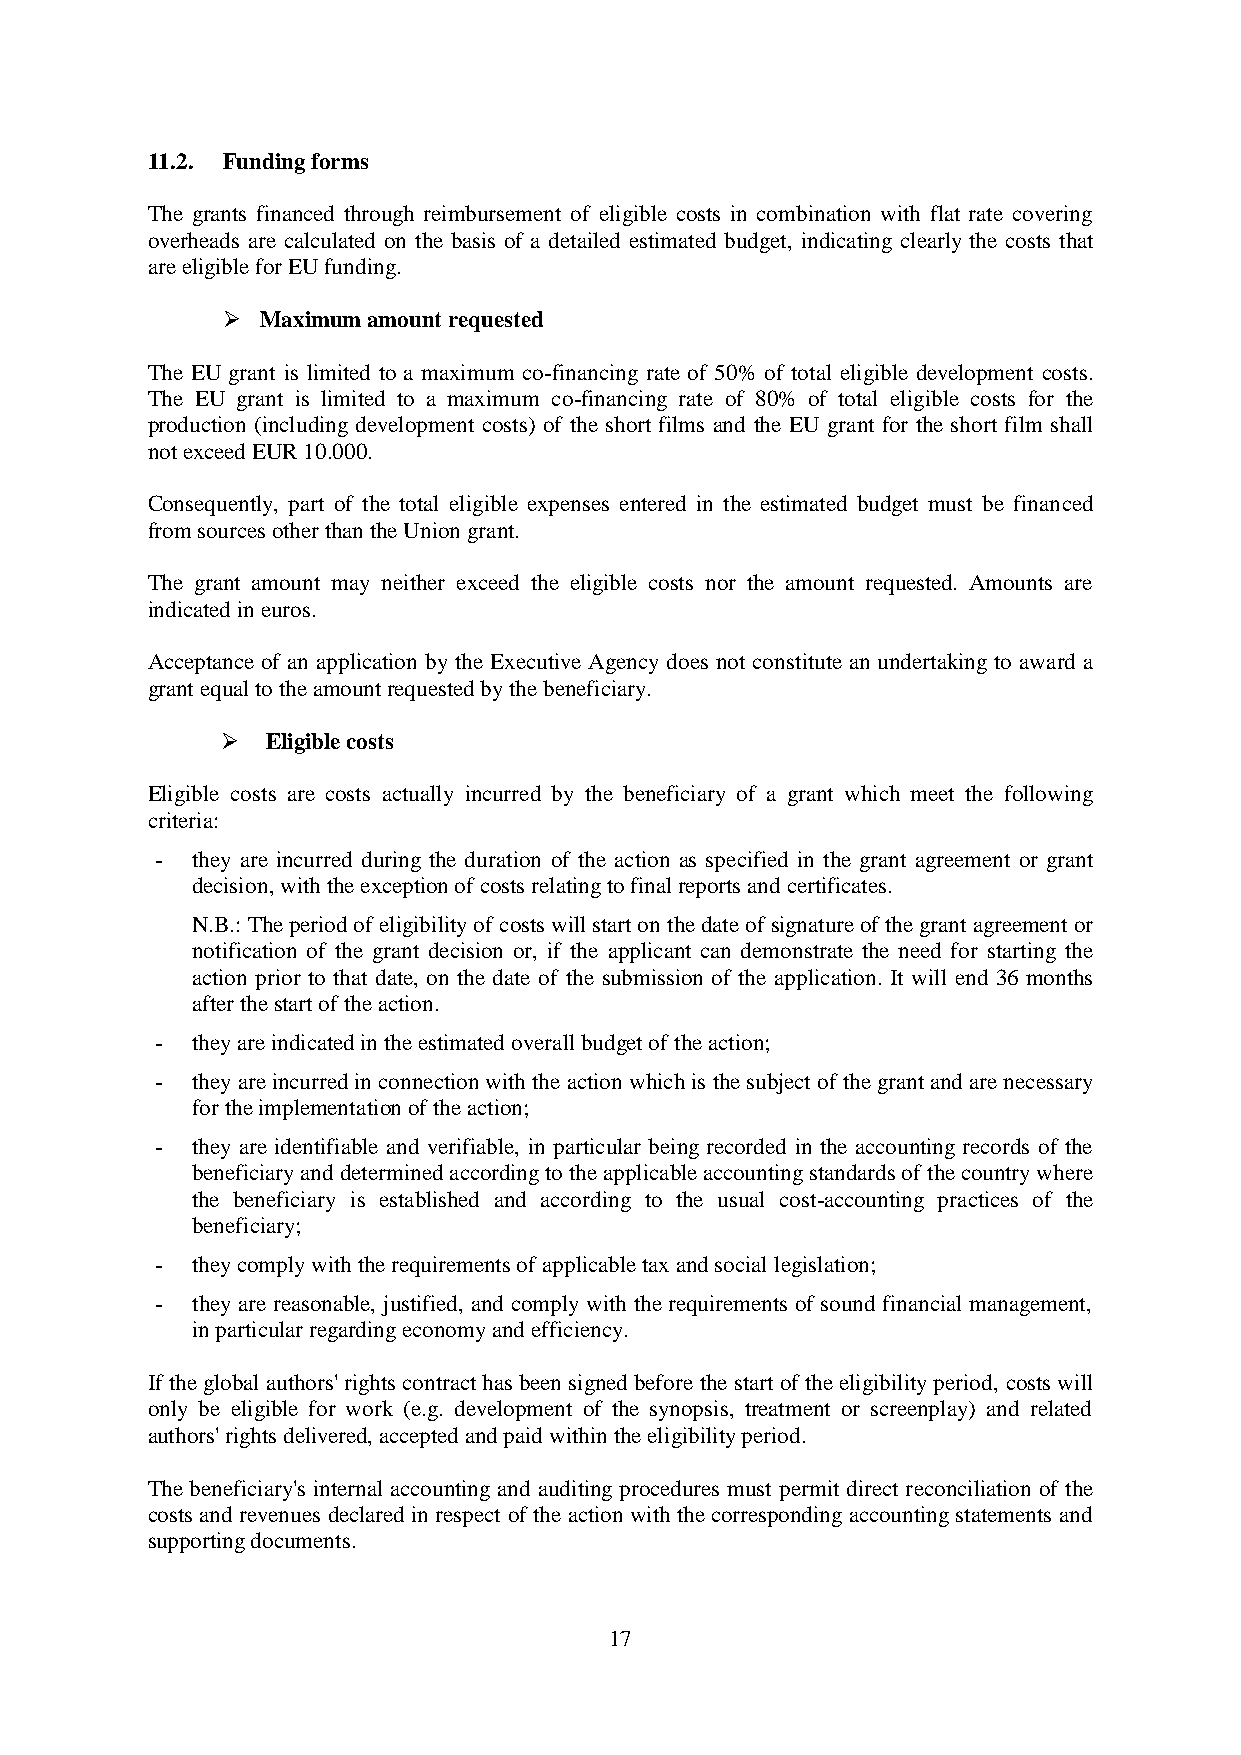
11.2. Funding forms
 The grants financed through reimbursement of eligible costs in combination with flat rate covering
 overheads are calculated on the basis of a detailed estimated budget, indicating clearly the costs that
 are eligible for EU funding.
  Maximum amount requested
 The EU grant is limited to a maximum co-financing rate of 50% of total eligible development costs.
 The EU grant is limited to a maximum co-financing rate of 80% of total eligible costs for the
 production (including development costs) of the short films and the EU grant for the short film shall
 not exceed EUR 10.000.
 Consequently, part of the total eligible expenses entered in the estimated budget must be financed
 from sources other than the Union grant.
 The grant amount may neither exceed the eligible costs nor the amount requested. Amounts are
 indicated in euros.
 Acceptance of an application by the Executive Agency does not constitute an undertaking to award a
 grant equal to the amount requested by the beneficiary.
   Eligible costs
 Eligible costs are costs actually incurred by the beneficiary of a grant which meet the following
 criteria:
 -  they are incurred during the duration of the action as specified in the grant agreement or grant
 decision, with the exception of costs relating to final reports and certificates.
 N.B.: The period of eligibility of costs will start on the date of signature of the grant agreement or
 notification of the grant decision or, if the applicant can demonstrate the need for starting the
 action prior to that date, on the date of the submission of the application. It will end 36 months
 after the start of the action.
 -  they are indicated in the estimated overall budget of the action;
 -  they are incurred in connection with the action which is the subject of the grant and are necessary
 for the implementation of the action;
 -  they are identifiable and verifiable, in particular being recorded in the accounting records of the
 beneficiary and determined according to the applicable accounting standards of the country where
 the beneficiary is established and according to the usual cost-accounting practices of the
 beneficiary;
 -  they comply with the requirements of applicable tax and social legislation;
 -  they are reasonable, justified, and comply with the requirements of sound financial management,
 in particular regarding economy and efficiency.
 If the global authors' rights contract has been signed before the start of the eligibility period, costs will
 only be eligible for work (e.g. development of the synopsis, treatment or screenplay) and related
 authors' rights delivered, accepted and paid within the eligibility period.
 The beneficiary's internal accounting and auditing procedures must permit direct reconciliation of the
 costs and revenues declared in respect of the action with the corresponding accounting statements and
 supporting documents.
 17